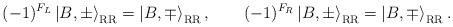
\begin{align*}(-1)^{F_{L}}\left|B,\pm\right\rangle_{\rm RR}=\left|B,\mp\right\rangle_{\rm RR},\qquad(-1)^{F_R}\left|B,\pm\right\rangle_{\rm RR}=\left|B,\mp\right\rangle_{\rm RR}.\end{align*}